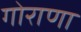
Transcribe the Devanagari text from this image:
गोराणा